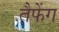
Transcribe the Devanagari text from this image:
तैफेंग